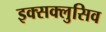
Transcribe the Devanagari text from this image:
इक्सक्लुसिव